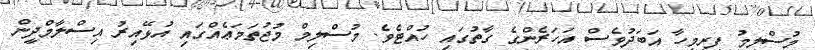
މުސްލިމު ފިރިމީހާ އަބަދުވެސް އަހަރެންގެ ގާތުގައި ހުއްޓެވެ. މުސްލިމް މުޖުތަމަޢެއްގައި އުޅޭއިރު އިސްލާމްދީން